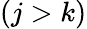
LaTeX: (j>k)